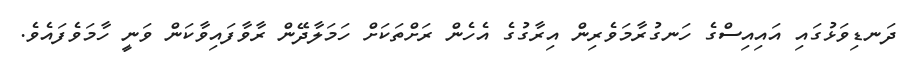
ދަނޑިވަޅުގައި އައިއިސްގެ ހަނގުރާމަވެރިން އިރާގުގެ އެހެން ރަށްތަކަށް ހަމަލާދޭން ރާވާފައިވާކަން ވަނީ ހާމަވެފައެވެ.